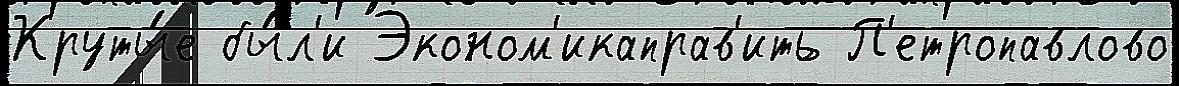
Круты́е бы́л'и Эконом'икаправ'ить П'етропавлово